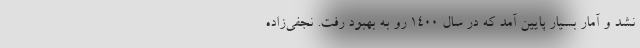
نشد و آمار بسیار پایین آمد که در سال ۱۴۰۰ رو به بهبود رفت. نجفی‌زاده